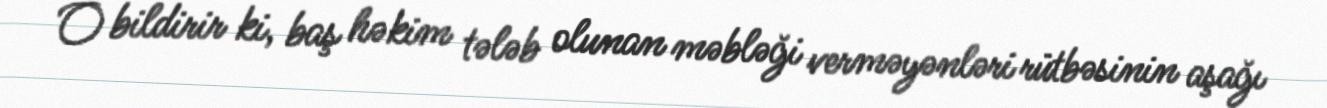
O bildirir ki, baş həkim tələb olunan məbləği verməyənləri rütbəsinin aşağı